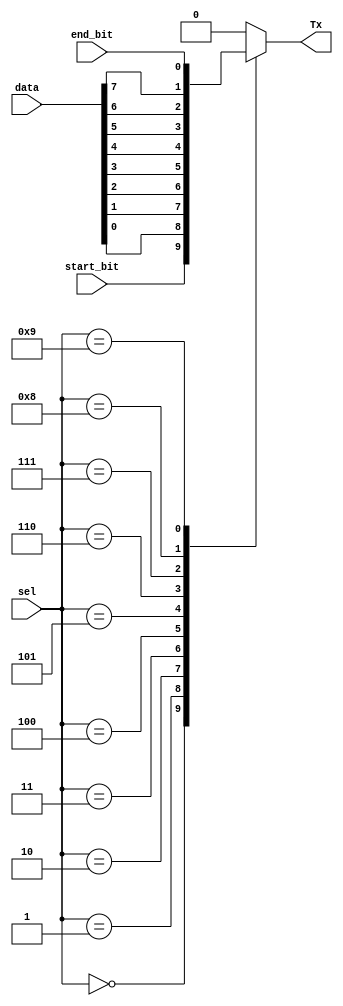
`timescale 1ns / 1ps
//////////////////////////////////////////////////////////////////////////////////
// Company: 
// 
// Design Name: 
// Module Name: Max_TX
// Project Name: 
// Target Devices: 
// Tool Versions: 
// Description: 
// 
// Dependencies: 
// 
// Revision:
// Revision 0.01 - File Created
// Additional Comments:
// 
//////////////////////////////////////////////////////////////////////////////////


module Max_TX(
    input start_bit,end_bit,
    input [7:0] data,
    input [3:0] sel,
    output reg Tx
    );
    
    always@(*)
    begin
            case(sel)
                    4'b0000: Tx = start_bit;
                    
                    4'b0001: Tx = data[0];
                    4'b0010: Tx = data[1];
                    4'b0011: Tx = data[2];
                    4'b0100: Tx = data[3];
                    4'b0101: Tx = data[4];
                    4'b0110: Tx = data[5];
                    4'b0111: Tx = data[6];
                    4'b1000: Tx = data[7];
                    
                    4'b1001: Tx = end_bit;
                    
                 default: Tx =1'b0;    
            endcase
    end
endmodule